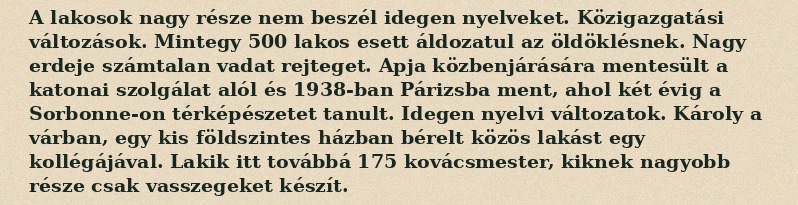
A lakosok nagy része nem beszél idegen nyelveket. Közigazgatási változások. Mintegy 500 lakos esett áldozatul az öldöklésnek. Nagy erdeje számtalan vadat rejteget. Apja közbenjárására mentesült a katonai szolgálat alól és 1938-ban Párizsba ment, ahol két évig a Sorbonne-on térképészetet tanult. Idegen nyelvi változatok. Károly a várban, egy kis földszintes házban bérelt közös lakást egy kollégájával. Lakik itt továbbá 175 kovácsmester, kiknek nagyobb része csak vasszegeket készít.